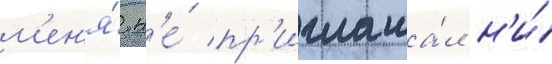
м'ен'я́ н'е́ пр'иглаша́л н'и́